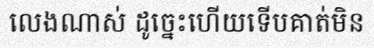
លេងណាស់ ដូច្នេះហើយទើបគាត់មិន